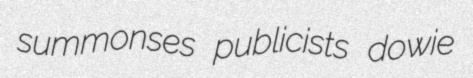
summonses publicists dowie